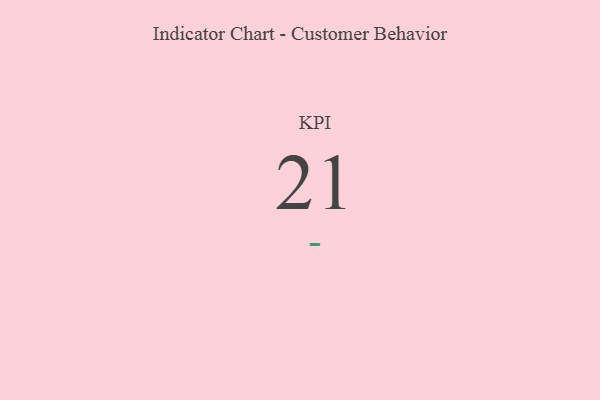
{"axis": {"x": "KPI", "y": "Value"}, "legend": [""], "data": [{"x": "KPI", "y": 21, "type": ""}]}